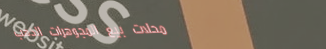
محلات بيع المجوهرات الذهب